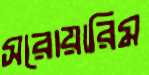
সরোয়ারিম